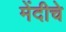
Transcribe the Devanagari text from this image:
मेंदीचे